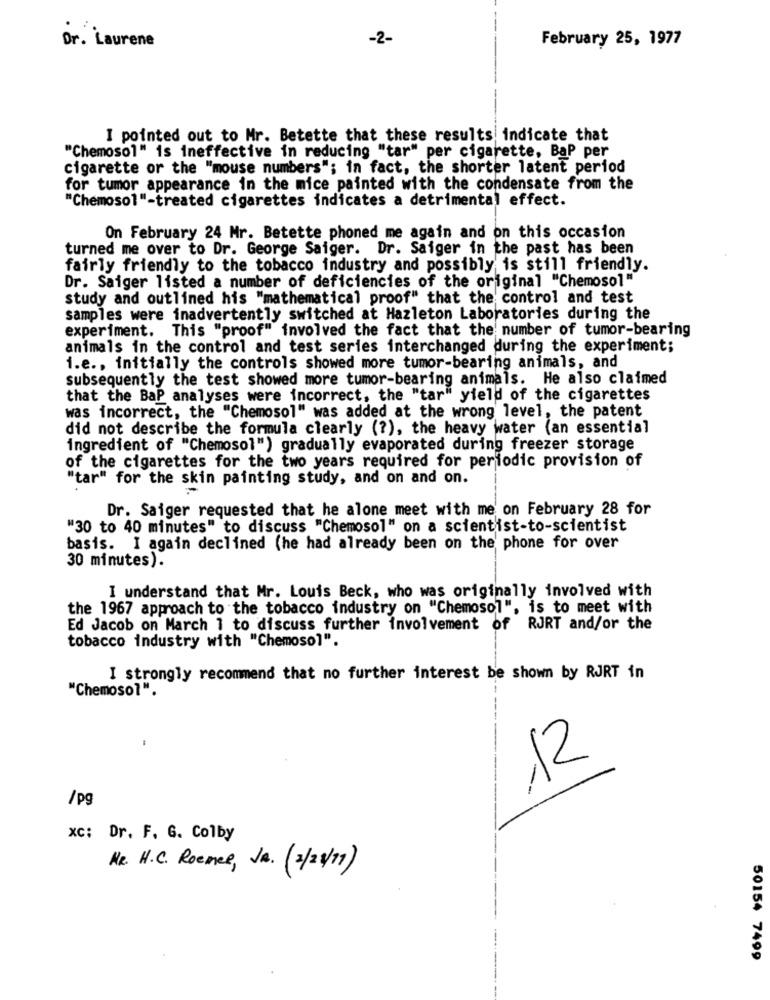
Dr. Laurene
-2-
February 25, 1977
I pointed out to Mr. Betette that these results indicate that
"Chemosol" is ineffective in reducing "tar" per cigarette, Bap per
cigarette or the "mouse numbers"; in fact, the shorter latent period
for tumor appearance in the mice painted with the condensate from the
"Chemosol"-treated cigarettes indicates a detrimental effect.
On February 24 Mr. Betette phoned me again and on this occasion
turned me over to Dr. George Saiger. Dr. Saiger in the past has been
fairly friendly to the tobacco industry and possibly is still friendly.
Dr. Saiger listed a number of deficiencies of the original "Chemosol"
study and outlined his "mathematical proof" that the control and test
samples were inadvertently switched at Hazleton Laboratories during the
experiment. This "proof" involved the fact that the number of tumor-bearing
animals in the control and test series interchanged during the experiment;
i.e ., initially the controls showed more tumor-bearing animals, and
subsequently the test showed more tumor-bearing animals. He also claimed
that the BaP analyses were incorrect, the "tar" yield of the cigarettes
was incorrect, the "Chemosol" was added at the wrong level, the patent
did not describe the formula clearly (?), the heavy water (an essential
ingredient of "Chemosol") gradually evaporated during freezer storage
of the cigarettes for the two years required for periodic provision of
"tar" for the skin painting study, and on and on.
Dr. Saiger requested that he alone meet with me' on February 28 for
"30 to 40 minutes" to discuss "Chemosol" on a scientist-to-scientist
basis. I again declined (he had already been on the phone for over
30 minutes).
I understand that Mr. Louis Beck, who was originally involved with
the 1967 approach to the tobacco industry on "Chemosol", is to meet with
Ed Jacob on March 1 to discuss further involvement of RJRT and/or the
tobacco industry with "Chemosol".
I strongly recommend that no further interest be shown by RJRT in
"Chemosol".
12
/pg
xc: Dr. F. G. Colby
NR. H.C. Roemer, JR. (2/23/77)
50154 7499